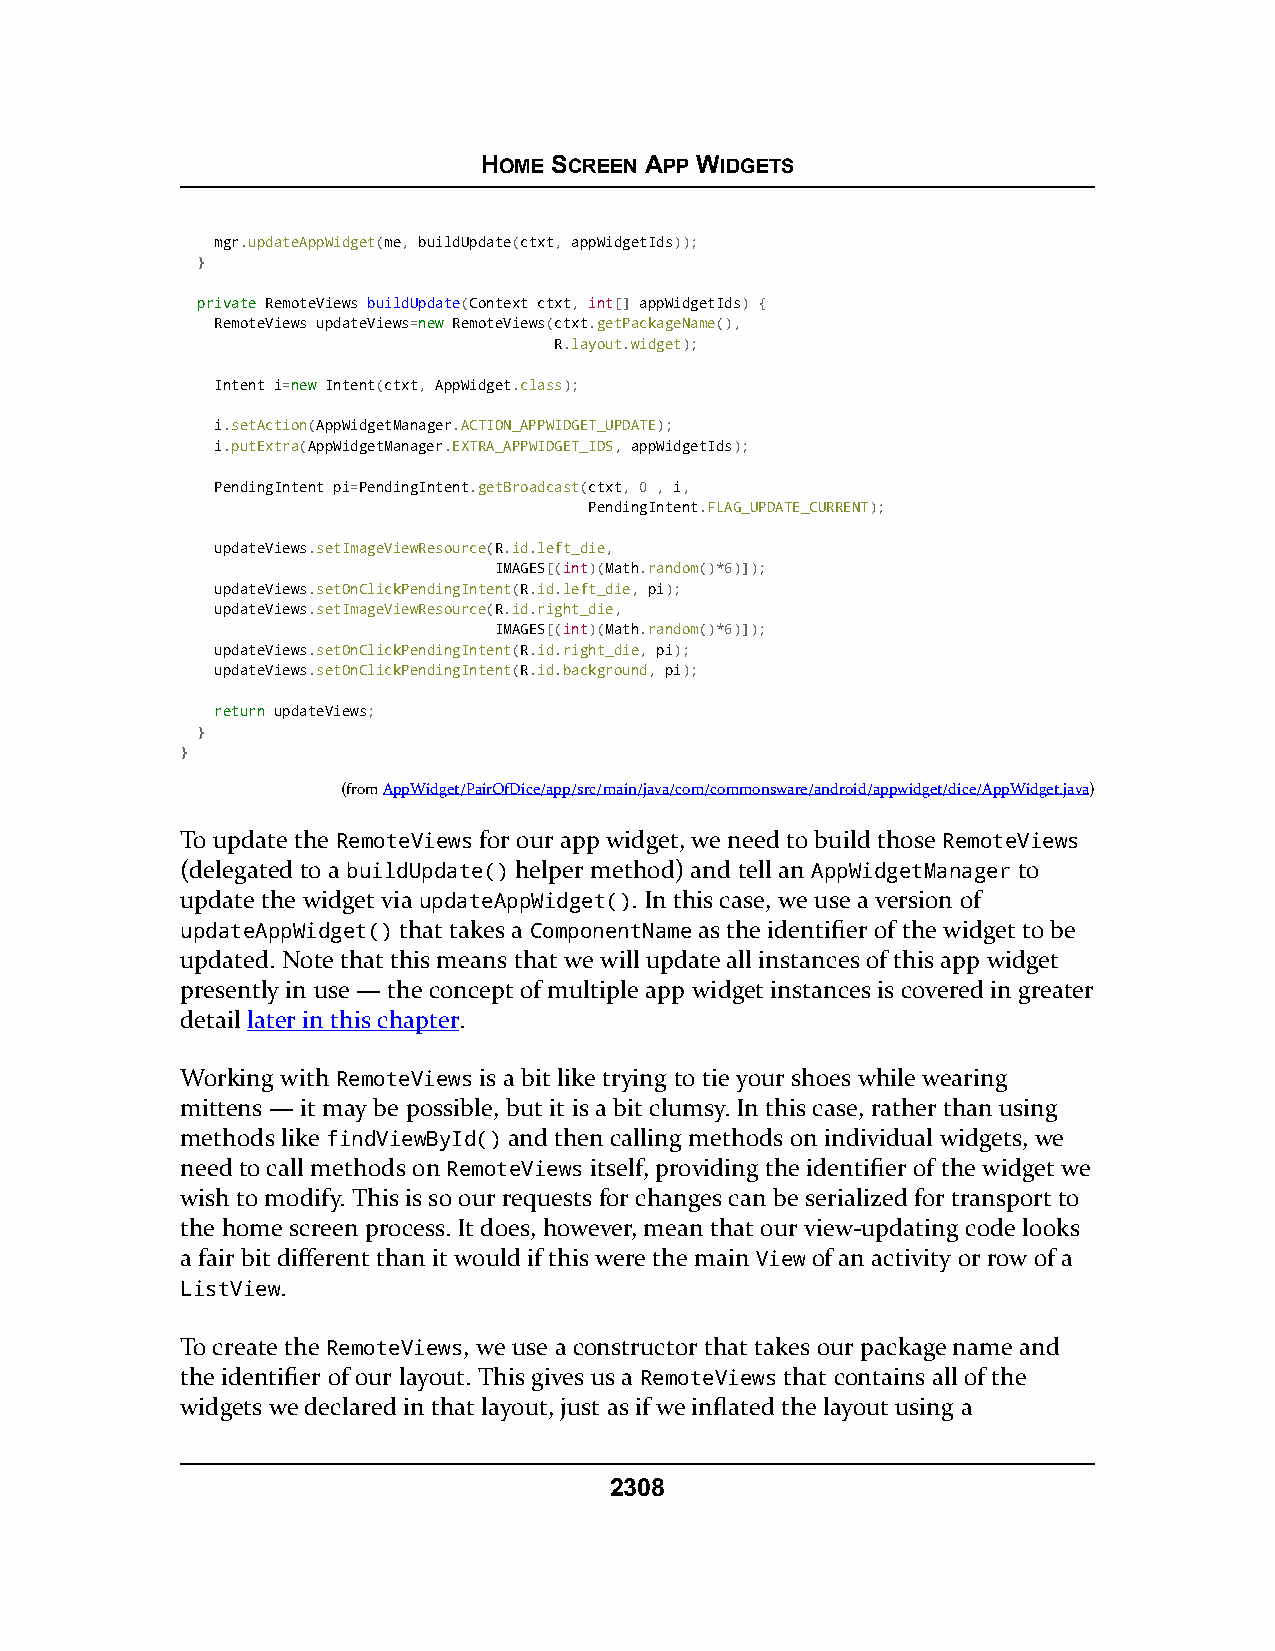
HOME SCREEN APP WIDGETS
 mgr.updateAppWidget(me, buildUpdate(ctxt, appWidgetIds));
 }
 pprriivvaattee RemoteViews buildUpdate(Context ctxt, int[] appWidgetIds) {
 RemoteViews updateViews=nneeww RemoteViews(ctxt.getPackageName(),
 R.layout.widget);
 Intent i=nneeww Intent(ctxt, AppWidget.class);
 i.setAction(AppWidgetManager.ACTION_APPWIDGET_UPDATE);
 i.putExtra(AppWidgetManager.EXTRA_APPWIDGET_IDS, appWidgetIds);
 PendingIntent pi=PendingIntent.getBroadcast(ctxt, 0 , i,
 PendingIntent.FLAG_UPDATE_CURRENT);
 updateViews.setImageViewResource(R.id.left_die,
 IMAGES[(int)(Math.random()*6)]);
 updateViews.setOnClickPendingIntent(R.id.left_die, pi);
 updateViews.setImageViewResource(R.id.right_die,
 IMAGES[(int)(Math.random()*6)]);
 updateViews.setOnClickPendingIntent(R.id.right_die, pi);
 updateViews.setOnClickPendingIntent(R.id.background, pi);
 rreettuurrnn updateViews;
 }
 }
 (fromAppWidget/PairOfDice/app/src/main/java/com/commonsware/android/appwidget/dice/AppWidget.java)
 To update the RemoteViews for our app widget, we need to build those RemoteViews
 (delegated to a buildUpdate() helper method) and tell an AppWidgetManager to
 update the widget via updateAppWidget(). In this case, we use a version of
 updateAppWidget() that takes a ComponentName as the identifier of the widget to be
 updated. Note that this means that we will update all instances of this app widget
 presently in use — the concept of multiple app widget instances is covered in greater
 detail later in this chapter.
 Working with RemoteViews is a bit like trying to tie your shoes while wearing
 mittens — it may be possible, but it is a bit clumsy. In this case, rather than using
 methods like findViewById() and then calling methods on individual widgets, we
 need to call methods on RemoteViews itself, providing the identifier of the widget we
 wish to modify. This is so our requests for changes can be serialized for transport to
 the home screen process. It does, however, mean that our view-updating code looks
 a fair bit different than it would if this were the main View of an activity or row of a
 ListView.
 To create the RemoteViews, we use a constructor that takes our package name and
 the identifier of our layout. This gives us a RemoteViews that contains all of the
 widgets we declared in that layout, just as if we inflated the layout using a
 2308